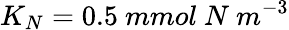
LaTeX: K_{N}=0.5~mmol~N~m^{-3}